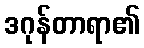
ဒဂုန်တာရာ၏